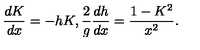
\frac { d K } { d x } = - h K , \frac { 2 } { g } \frac { d h } { d x } = \frac { 1 - K ^ { 2 } } { x ^ { 2 } } .